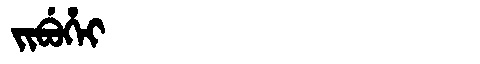
Manchu: ᠵᡳᠪᡠᡥᡝᡳ
Romanization: JIBUHEI